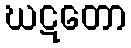
ဃဋတော